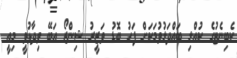
ކެބިނެޓުގެ ކުއްލި ބައްދަލުވުމަކަށް ފަހު ބޮޑު ވަޒީރު ޝިންޒޯ އަބޭ ވިދާޅުވީ މިއީ